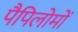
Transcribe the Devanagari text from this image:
पैपिलोमों